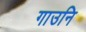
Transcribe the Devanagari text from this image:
गाउनि